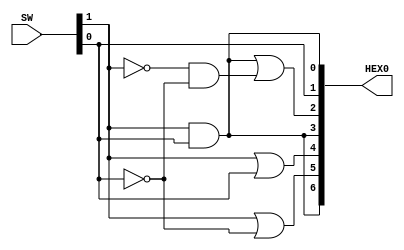
module num(SW,HEX0);
input [1:0] SW;
output [6:0] HEX0;
wire c0,c1;
assign c0=SW[0];
assign c1=SW[1];
assign HEX0[0]=c1&c0;
assign HEX0[1]=c0;
assign HEX0[2]=(c1&c0|~c1&~c0);
assign HEX0[3]=c1&c0;
assign HEX0[4]=c1|c0;
assign HEX0[5]=c1|~c0;
assign HEX0[6]=c1&c0;
endmodule